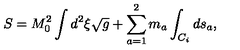
S = M _ { 0 } ^ { 2 } \int d ^ { 2 } \xi \sqrt { g } + \sum _ { a = 1 } ^ { 2 } m _ { a } \int _ { C _ { i } } d s _ { a } ,